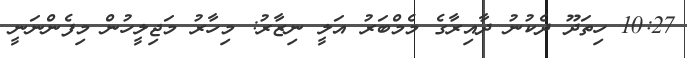
10:27 ހިތަދޫ ދެކުނު ދާއިރާގެ މެމްބަރު އަލީ ނިޒާރު: މިހާރު މަޖިލީހުން މިފެންނަނީ